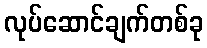
လုပ်ဆောင်ချက်တစ်ခု